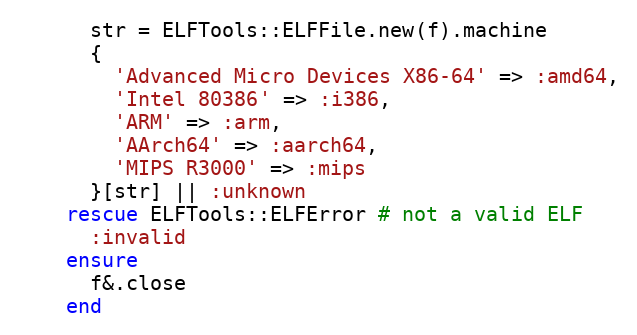
Language: Ruby
      str = ELFTools::ELFFile.new(f).machine
      {
        'Advanced Micro Devices X86-64' => :amd64,
        'Intel 80386' => :i386,
        'ARM' => :arm,
        'AArch64' => :aarch64,
        'MIPS R3000' => :mips
      }[str] || :unknown
    rescue ELFTools::ELFError # not a valid ELF
      :invalid
    ensure
      f&.close
    end